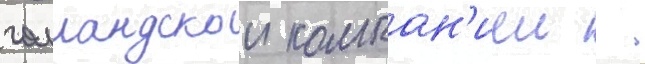
голландскои компан'иеи  .